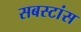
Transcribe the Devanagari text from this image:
सबस्टांस